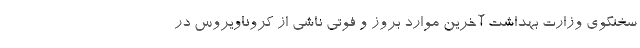
سخنگوی وزارت بهداشت آخرین موارد بروز و فوتی ناشی از کروناویروس در